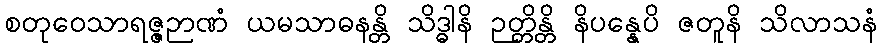
စတုဝေသာရဇ္ဇဉာဏံ ယမသာဓနန္တိ သိဒ္ဓါနိ ဉတ္တိန္တိ နိပန္နေပိ ဇတူနိ သိလာသနံ